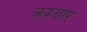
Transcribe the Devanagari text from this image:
कम्बार